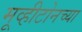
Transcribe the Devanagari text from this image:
मूव्हीटोनच्या